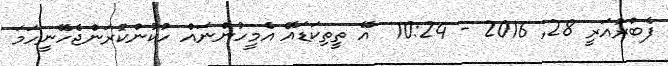
ފެބްރުއަރީ 28